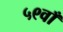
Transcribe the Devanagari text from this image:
५९वाँ